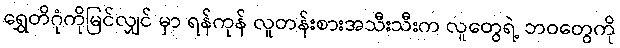
ရွှေတိဂုံကိုမြင်လျှင် မှာ ရန်ကုန် လူတန်းစားအသီးသီးက လူတွေရဲ့ ဘဝတွေကို